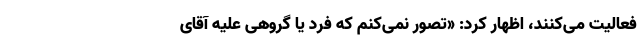
فعالیت می‌کنند، اظهار کرد: «تصور نمی‌کنم که فرد یا گروهی علیه آقای